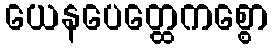
ယေနပေတ္ထေကစ္စော